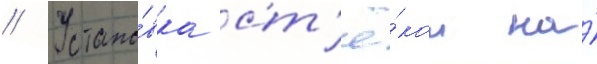
// Устано́вка ст'ё́кол на́